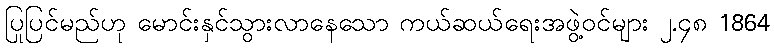
ပြုပြင်မည်ဟု မောင်းနှင်သွားလာနေသော ကယ်ဆယ်ရေးအဖွဲ့ဝင်များ ၂.၄၈ 1864